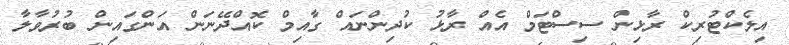
އިލެކްޓުރިކް ރާޅިން ސިސްޓަމް އެއް ރާޅު ކުދިންނައް ގާއިމް ކޮއްދޭނަން އަންގައިން ބުރުވާލާ